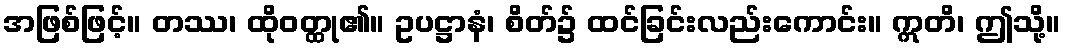
အဖြစ်ဖြင့်။ တဿ၊ ထိုဝတ္ထု၏။ ဥပဋ္ဌာနံ၊ စိတ်၌ ထင်ခြင်းလည်းကောင်း။ ဣတိ၊ ဤသို့။